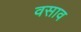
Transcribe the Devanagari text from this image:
वसाव